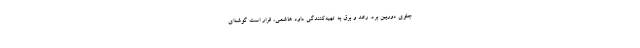
جلوی دوربین برد. رعد و برق به تهیه‌کنندگی داود هاشمی، قرار است گوشه‌ای